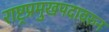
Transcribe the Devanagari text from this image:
राष्ट्रप्रमुखपदावरुन